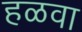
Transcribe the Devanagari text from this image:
हळवा